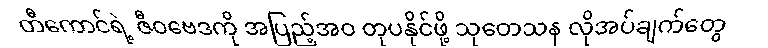
တီကောင်ရဲ့ ဇီဝဗေဒကို အပြည့်အဝ တုပနိုင်ဖို့ သုတေသန လိုအပ်ချက်တွေ